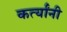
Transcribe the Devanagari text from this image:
कर्त्यांनी